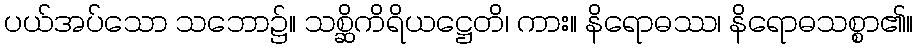
ပယ်အပ်သော သဘော၌။ သစ္ဆိကိရိယဋ္ဌေတိ၊ ကား။ နိရောဓဿ၊ နိရောဓသစ္စာ၏။